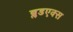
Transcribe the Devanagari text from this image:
ब्लडएक्स